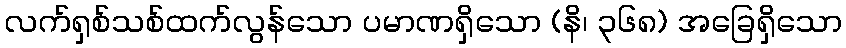
လက်ရှစ်သစ်ထက်လွန်သော ပမာဏရှိသော (နိ၊ ၃၆၈) အခြေရှိသော